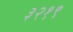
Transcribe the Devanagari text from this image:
३२१९